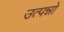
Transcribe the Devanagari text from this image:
उत्पन्नो